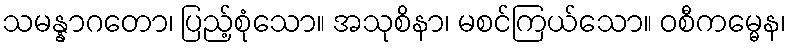
သမန္နာဂတော၊ ပြည့်စုံသော။ အသုစိနာ၊ မစင်ကြယ်သော။ ဝစီကမ္မေန၊